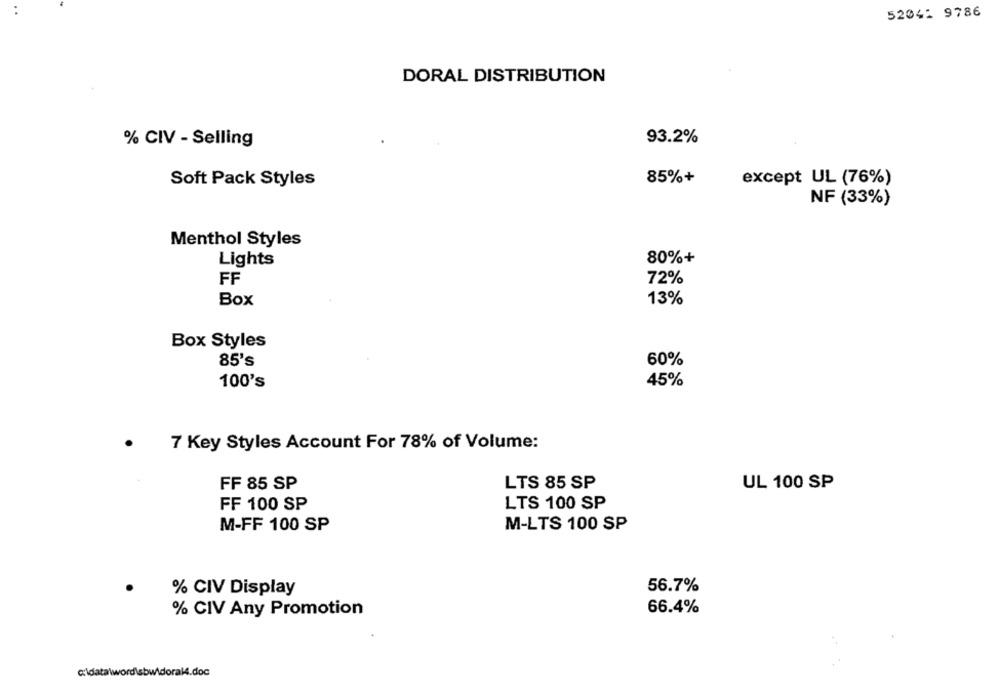
52041 9786
DORAL DISTRIBUTION
% CIV - Selling
93.2%
85%+
Soft Pack Styles
except UL (76%)
NF (33%)
Menthol Styles
Lights
80%+
FF
72%
Box
13%
Box Styles
85's
60%
100's
45%
7 Key Styles Account For 78% of Volume:
FF 85 SP
LTS 85 SP
UL 100 SP
FF 100 SP
LTS 100 SP
M-FF 100 SP
M-LTS 100 SP
% CIV Display
56.7%
% CIV Any Promotion
66.4%
c:\data\wordsbwidoral4.doc